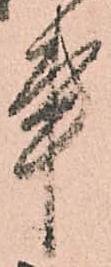
事